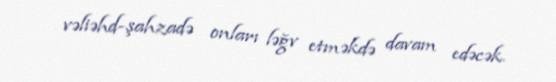
vəliəhd-şahzadə onları ləğv etməkdə davam edəcək.